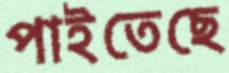
পাইতেছে